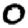
Digit: 0